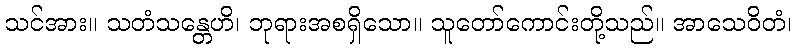
သင်အား။ သတံသန္တေဟိ၊ ဘုရားအစရှိသော။ သူတော်ကောင်းတို့သည်။ အာသေဝိတံ၊